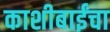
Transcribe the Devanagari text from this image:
काशीबाईंचा